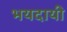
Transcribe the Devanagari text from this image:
भयदायी